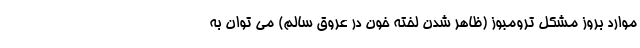
موارد بروز مشکل ترومبوز (ظاهر شدن لخته خون در عروق سالم) می توان به